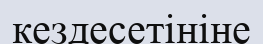
кездесетініне